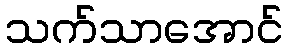
သက်သာအောင်